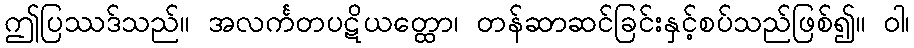
ဤပြဿဒ်သည်။ အလင်္ကတပဋိယတ္ထော၊ တန်ဆာဆင်ခြင်းနှင့်စပ်သည်ဖြစ်၍။ ဝါ၊